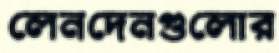
লেনদেনগুলোর